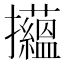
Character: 𢺝